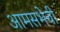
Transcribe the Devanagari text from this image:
आमसभेची